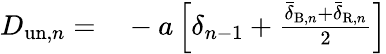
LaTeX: \begin{array}{rl}{D_{\mathrm{un},n}=}&{{}-a\left[\delta_{n-1}+\frac{\bar{\delta}_{\mathrm{B},n}+\bar{\delta}_{\mathrm{R},n}}{2}\right]}\end{array}